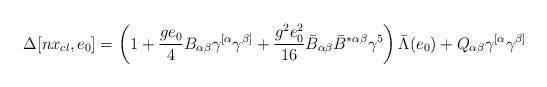
LaTeX: \begin{align*}\Delta[nx_{cl},e_{0}]=\left(1+\frac{ge_{0}}{4}B_{\alpha\beta}\gamma^{[\alpha}\gamma^{\beta]}+\frac{g^{2}e_{0}^{2}}{16}\bar{B}_{\alpha\beta}\bar{B}^{*\alpha\beta}\gamma^{5}\right)\bar{\Lambda}(e_{0})+Q_{\alpha\beta}\gamma^{[\alpha}\gamma^{\beta]}\end{align*}